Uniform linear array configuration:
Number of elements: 64
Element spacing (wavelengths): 1
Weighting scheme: uniform
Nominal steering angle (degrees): -60
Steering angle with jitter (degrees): -60.107
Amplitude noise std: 0.05
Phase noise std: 0.05

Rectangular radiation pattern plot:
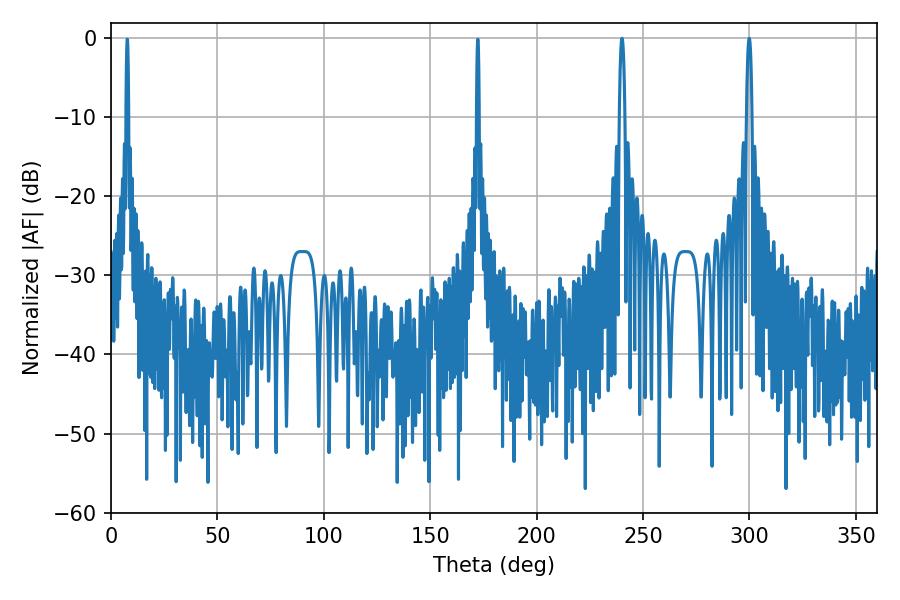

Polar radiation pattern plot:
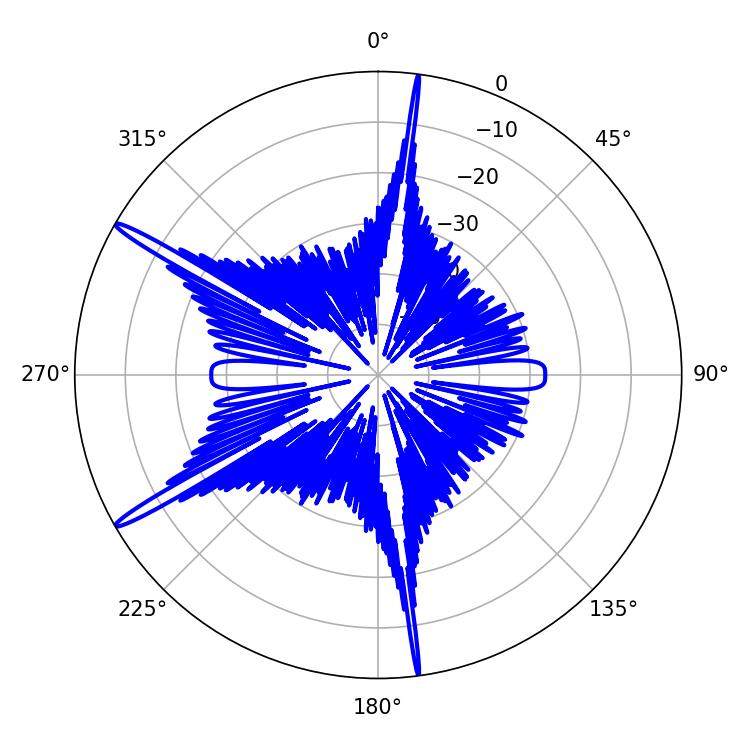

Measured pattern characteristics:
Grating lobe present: TRUE
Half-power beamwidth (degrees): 1.44
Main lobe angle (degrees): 299.88